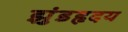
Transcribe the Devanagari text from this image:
झुंडहृदय